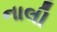
નાલી